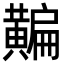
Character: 𪏗